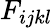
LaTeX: F_{ijkl}